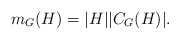
\begin{align*}m_G(H)=|H||C_G(H)|.\end{align*}